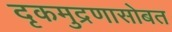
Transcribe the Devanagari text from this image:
दृकमुद्रणासोबत